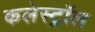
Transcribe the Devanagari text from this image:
कलेस्ट्रॉल